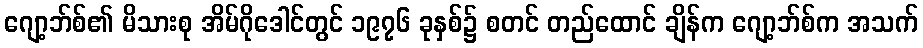
ဂျော့ဘ်စ်၏ မိသားစု အိမ်ဂိုဒေါင်တွင် ၁၉၇၆ ခုနှစ်၌ စတင် တည်ထောင် ချိန်က ဂျော့ဘ်စ်က အသက်